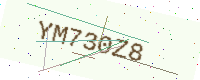
Text: YM730Z8